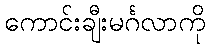
ကောင်းချီးမင်္ဂလာကို